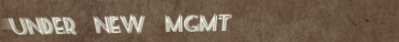
Under New Mgmt